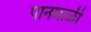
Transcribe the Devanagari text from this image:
पानमाळी